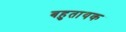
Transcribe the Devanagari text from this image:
बहुतायक